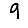
Digit: 9